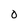
Character: O